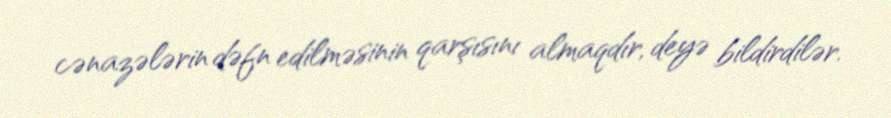
cənazələrin dəfn edilməsinin qarşısını almaqdır, deyə bildirdilər.